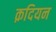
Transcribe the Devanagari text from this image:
क़दियन